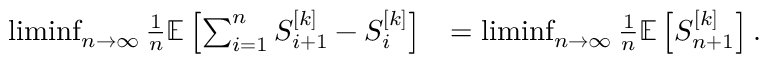
\begin{array} { r l } { \operatorname* { l i m i n f } _ { n \rightarrow \infty } \frac { 1 } { n } { \mathbb { E } } \left[ \sum _ { i = 1 } ^ { n } S _ { i + 1 } ^ { [ k ] } - S _ { i } ^ { [ k ] } \right] } & { = \operatorname* { l i m i n f } _ { n \rightarrow \infty } \frac { 1 } { n } { \mathbb { E } } \left[ S _ { n + 1 } ^ { [ k ] } \right] . } \end{array}